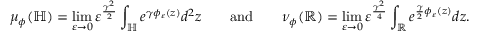
\mu _ { \phi } ( \mathbb H ) = \operatorname* { l i m } _ { \varepsilon \to 0 } \varepsilon ^ { \frac { \gamma ^ { 2 } } { 2 } } \int _ { \mathbb H } e ^ { \gamma \phi _ { \varepsilon } ( z ) } d ^ { 2 } z \qquad \mathrm { a n d } \qquad \nu _ { \phi } ( \mathbb R ) = \operatorname* { l i m } _ { \varepsilon \to 0 } \varepsilon ^ { \frac { \gamma ^ { 2 } } { 4 } } \int _ { \mathbb R } e ^ { \frac { \gamma } { 2 } \phi _ { \varepsilon } ( z ) } d z .